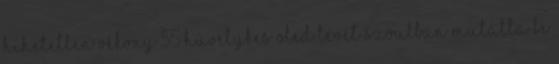
hihetetlen vékony 55 hüvelykes OLED tévét Szöulban mutatta be